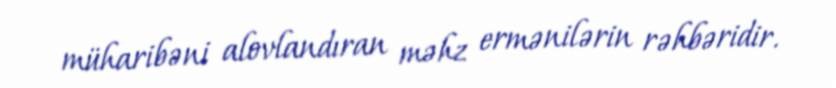
müharibəni alovlandıran məhz ermənilərin rəhbəridir.